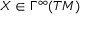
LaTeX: X \in \Gamma ^ { \infty } ( T M )